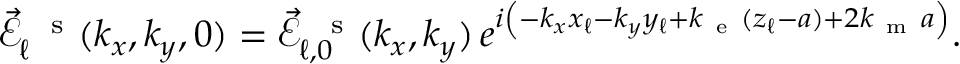
\begin{array} { r } { \vec { \mathcal { E } } _ { \ell } ^ { \mathrm { ~ \, ~ s ~ } } ( k _ { x } , k _ { y } , 0 ) = \vec { \mathcal { E } } _ { \ell , 0 } ^ { \mathrm { ~ \, ~ s ~ } } ( k _ { x } , k _ { y } ) \, e ^ { i \left( - k _ { x } x _ { \ell } - k _ { y } y _ { \ell } + k _ { \mathrm { ~ e ~ } } ( z _ { \ell } - a ) + 2 k _ { \mathrm { ~ m ~ } } a \vphantom { b ^ { 2 } } \right) } . } \end{array}